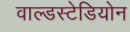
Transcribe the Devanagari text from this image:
वाल्डस्टेडियोन